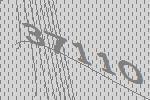
37110